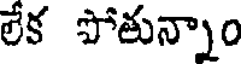
లేక పోతున్నాం